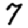
Digit: 7